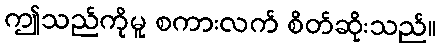
ဤသည်ကိုမူ စကားလက် စိတ်ဆိုးသည်။